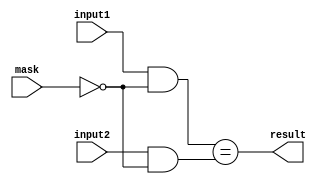
module masked_comparator (
  input [7:0] input1,
  input [7:0] input2,
  input [7:0] mask,
  output wire result
);

wire [7:0] masked_input1;
wire [7:0] masked_input2;

assign masked_input1 = input1 & ~mask;
assign masked_input2 = input2 & ~mask;

assign result = (masked_input1 == masked_input2);

endmodule